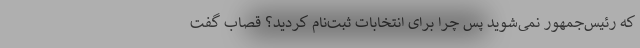
که رئیس‌جمهور نمی‌شوید پس چرا برای انتخابات ثبت‌نام کردید؟ قصاب گفت